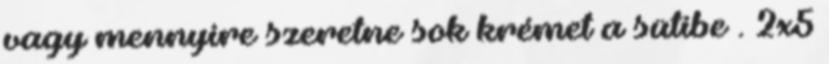
vagy mennyire szeretne sok krémet a sütibe . 2x5